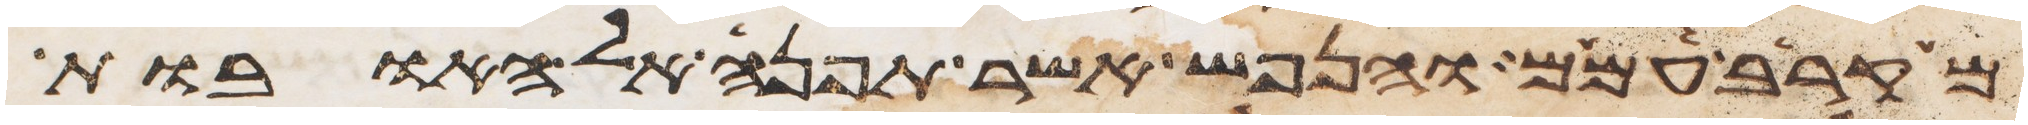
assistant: מקרב עמם והנפש אשר תפנה אל האובות